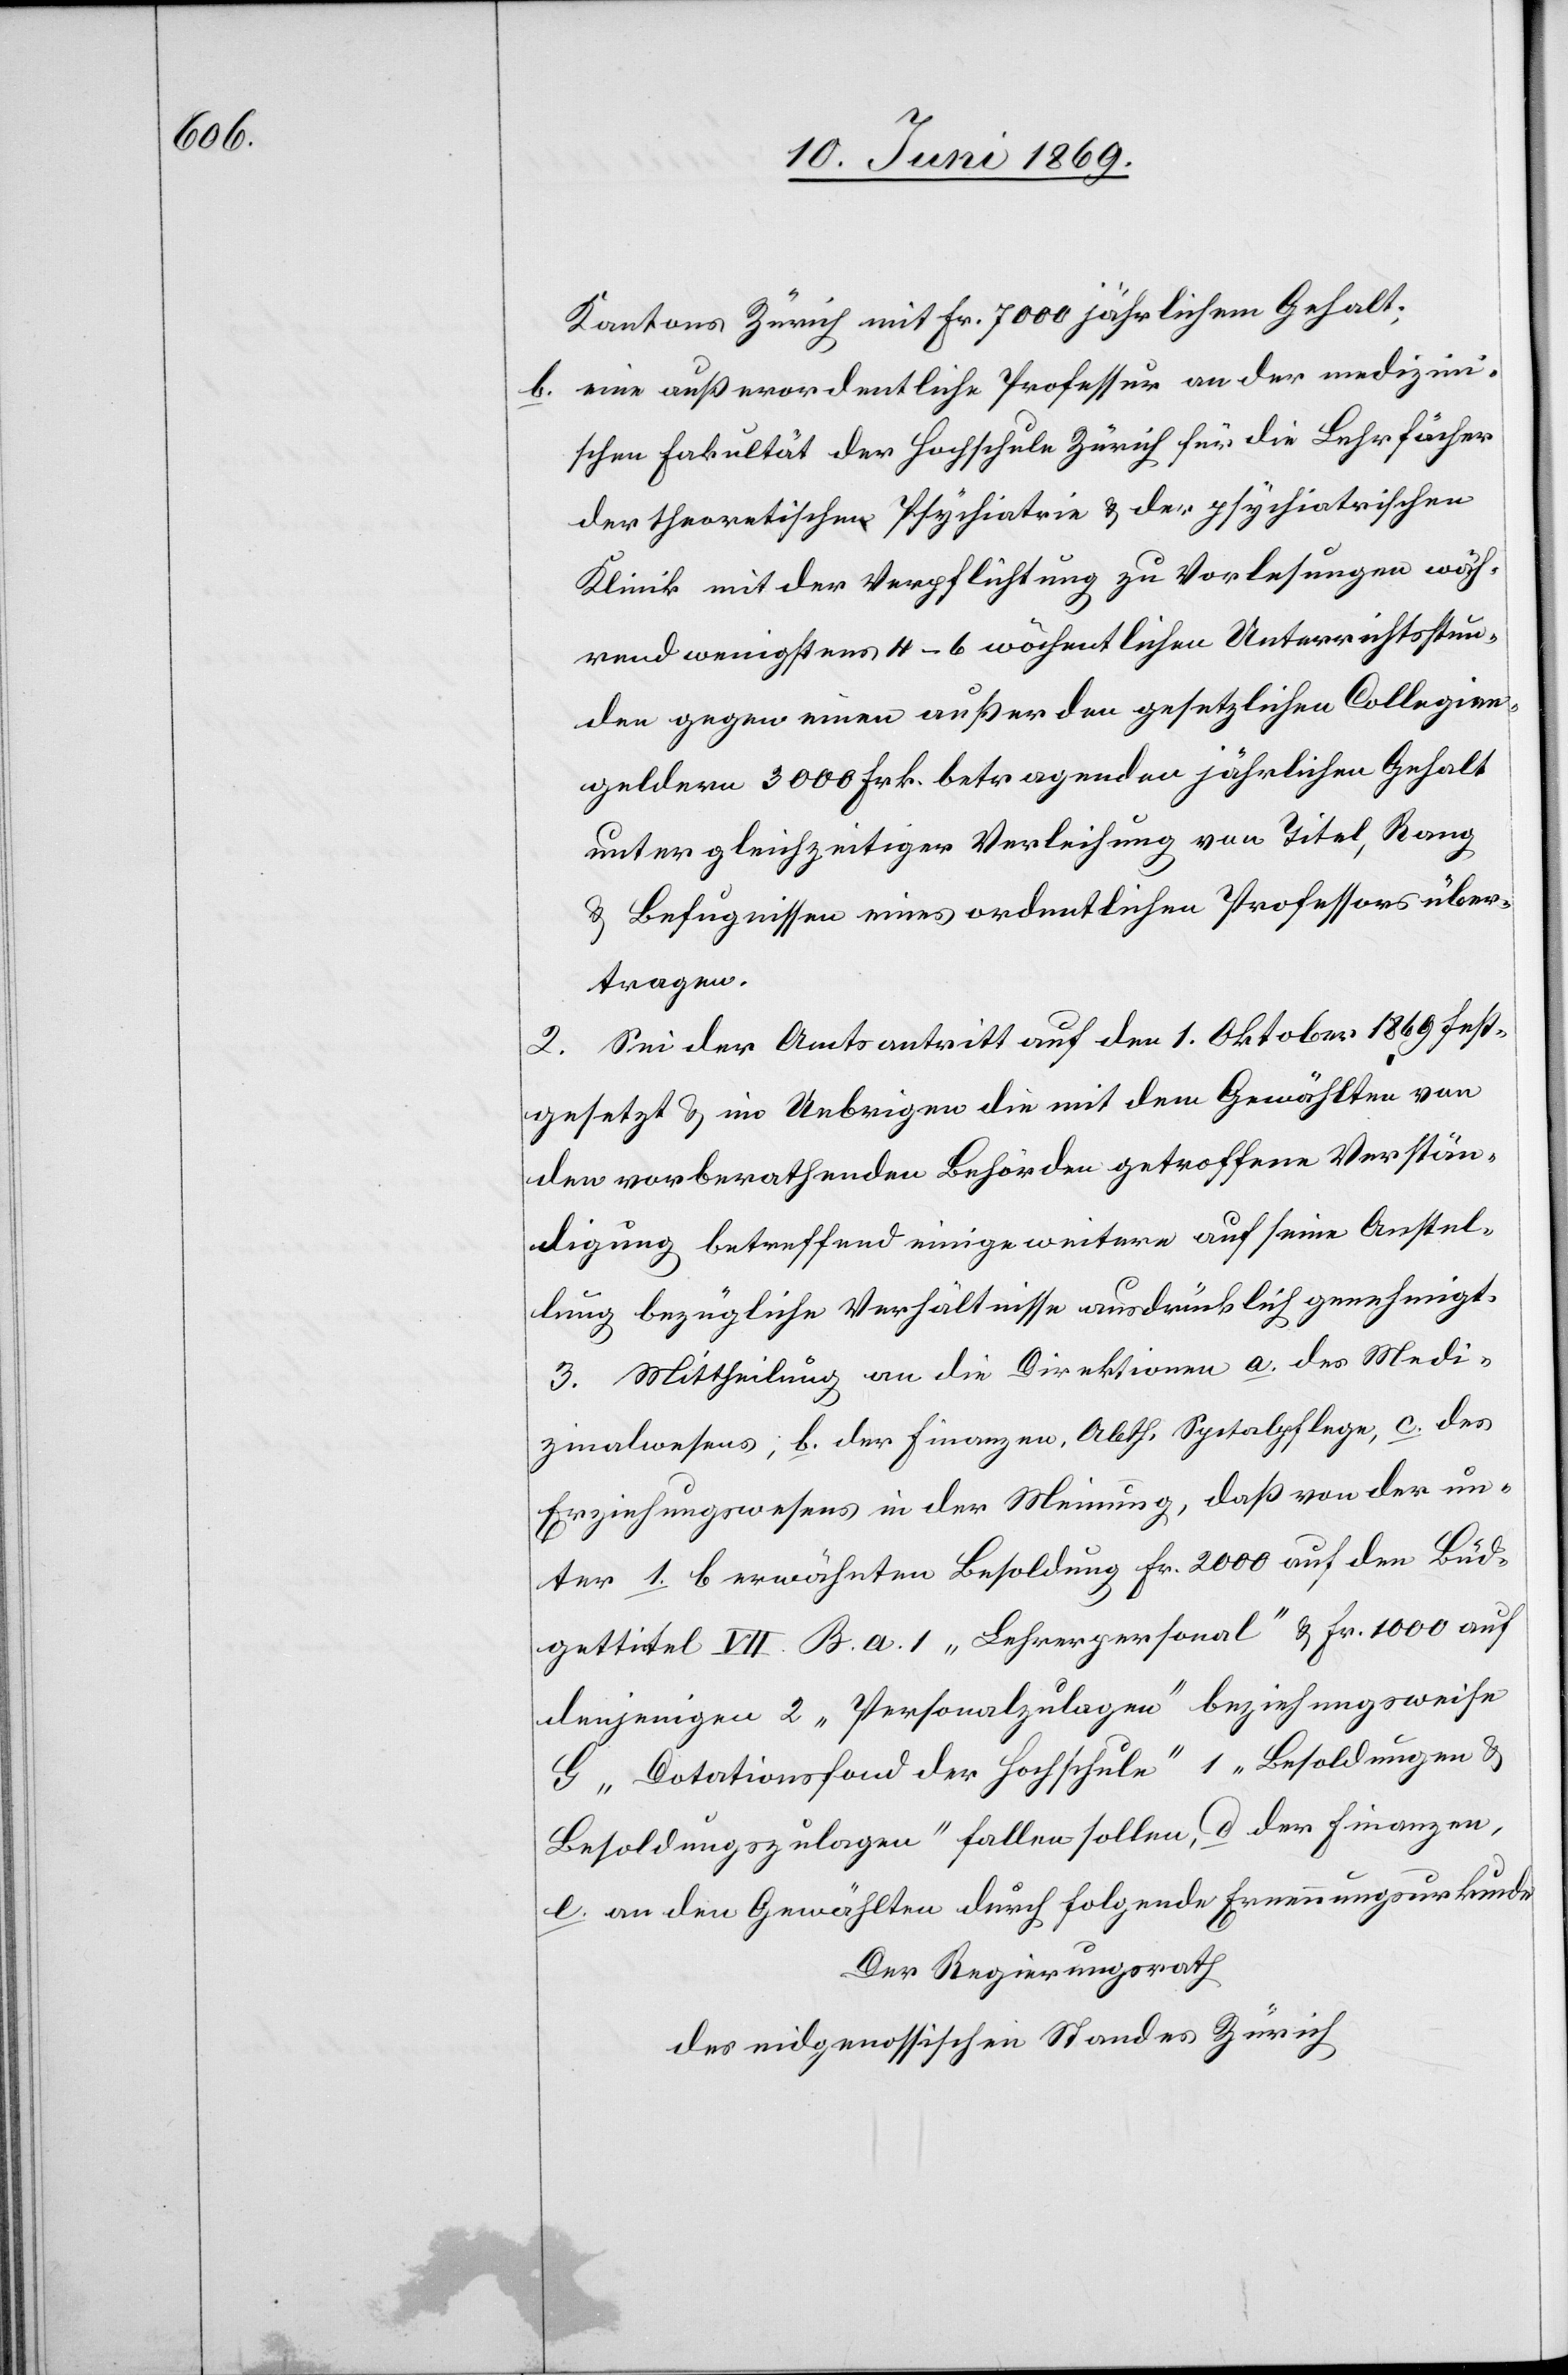
Kantons Zürich mit Fr. 7000 jährlichem Gehalt;
b. eine außerordentliche Professur an der medizini¬
schen Fakultät der Hochschule Zürich für die Lehrfächer
der theoretischen Psychiatrie u. der psychiatrischen
Klinik mit der Verpflichtung zu Vorlesungen wäh¬
rend wenigstens 4–6 wöchentlichen Unterrichtsstun¬
den gegen einen außer den gesetzlichen Collegien¬
geldern 3000 Frk. betragenden jährlichen Gehalt
unter gleichzeitiger Verleihung von Titel, Rang
u. Befugnissen eines ordentlichen Professors über¬
tragen.
2. Sei der Amtsantritt auf den 1. Oktober 1869 fest¬
gesetzt u. im Uebrigen die mit dem Gewählten von
den vorberathenden Behörden getroffene Verstän¬
digung betreffend einige weitere auf seine Anstel¬
lung bezügliche Verhältnisse ausdrücklich genehmigt.
3. Mittheilung an die Direktionen a. des Medi¬
zinalwesens, b. der Finanzen, Abth. Spitalpflege, c. des
Erziehungswesens in der Meinung, daß von der un¬
ter 1. b erwähnten Besoldung Fr. 2000 auf den Büd¬
gettitel VII. B. a. 1 „Lehrerpersonal“ u. Fr. 1000 auf
denjenigen 2 „Personalzulagen“ beziehungsweise
G „Dotationsfond der Hochschule“ 1 „Besoldungen u.
Besoldungszulagen“ fallen sollen, d. der Finanzen,
e. an den Gewählten durch folgende Ernennungsurkunde
Der Regierungsrath,
des eidgenössischen Standes Zürich